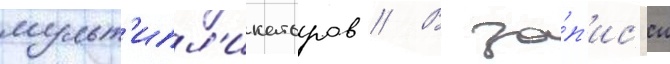
мульт'ипл'икаторов // В за́п'ис'и